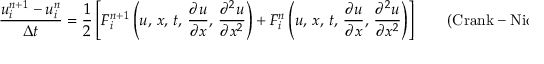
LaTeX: { \frac { u _ { i } ^ { n + 1 } - u _ { i } ^ { n } } { \Delta t } } = { \frac { 1 } { 2 } } \left[ F _ { i } ^ { n + 1 } \left( u , \, x , \, t , \, { \frac { \partial u } { \partial x } } , \, { \frac { \partial ^ { 2 } u } { \partial x ^ { 2 } } } \right) + F _ { i } ^ { n } \left( u , \, x , \, t , \, { \frac { \partial u } { \partial x } } , \, { \frac { \partial ^ { 2 } u } { \partial x ^ { 2 } } } \right) \right] \qquad { \mathrm { ( C r a n k - N i c o l s o n ) } } .